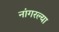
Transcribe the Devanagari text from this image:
नांगरल्या